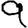
Digit: 9